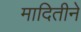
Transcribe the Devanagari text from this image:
मादितीने